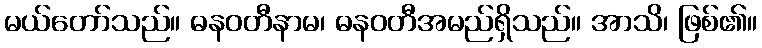
မယ်တော်သည်။ ဓနဝတီနာမ၊ ဓနဝတီအမည်ရှိသည်။ အာသိ၊ ဖြစ်၏။